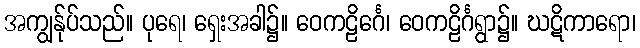
အကျွန်ုပ်သည်။ ပုရေ၊ ရှေးအခါ၌။ ဝေကဠိင်္ဂေ၊ ဝေကဠိင်္ဂရွာ၌။ ဃဋိကာရော၊